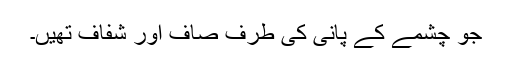
جو چشمے کے پانی کی طرف صاف اور شفاف تھیں۔